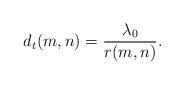
LaTeX: \begin{align*} d_t(m,n) = \frac{\lambda_0}{r(m,n)}.\end{align*}